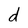
Character: d